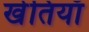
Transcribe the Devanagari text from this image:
खेतियाँ